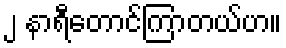
၂ နာရီတောင်ကြာတယ်ဟ။